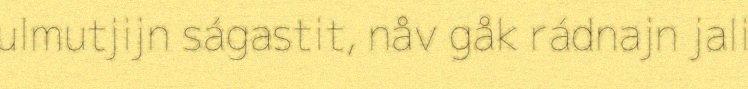
ulmutjijn ságastit, nåv gåk rádnajn jali